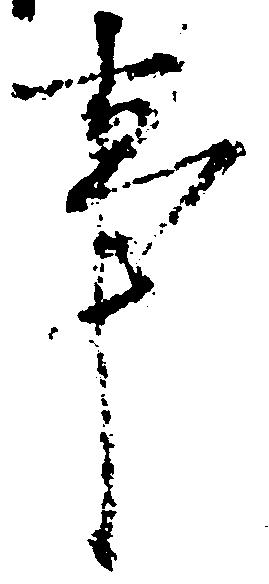
事